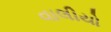
વાલીયો